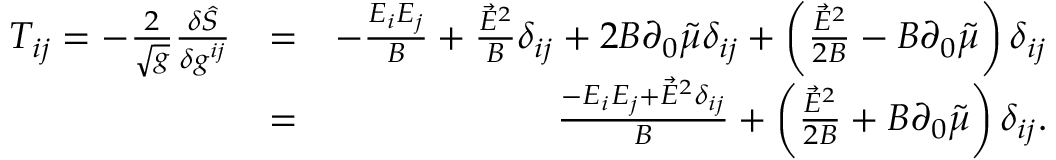
\begin{array} { r l r } { T _ { i j } = - \frac { 2 } { \sqrt { g } } \frac { \delta \hat { S } } { \delta g ^ { i j } } } & { = } & { - \frac { E _ { i } E _ { j } } { B } + \frac { \vec { E } ^ { 2 } } { B } \delta _ { i j } + 2 B \partial _ { 0 } \tilde { \mu } \delta _ { i j } + \left( \frac { \vec { E } ^ { 2 } } { 2 B } - B \partial _ { 0 } \tilde { \mu } \right) \delta _ { i j } } \\ & { = } & { \frac { - E _ { i } E _ { j } + \vec { E } ^ { 2 } \delta _ { i j } } { B } + \left( \frac { \vec { E } ^ { 2 } } { 2 B } + B \partial _ { 0 } \tilde { \mu } \right) \delta _ { i j } . } \end{array}